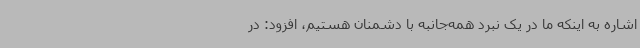
اشاره به اینکه ما در یک نبرد همه‌جانبه با دشمنان هستیم، افزود: در